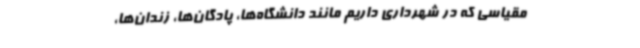
مقیاسی که در شهرداری داریم مانند دانشگاه‌ها، پادگان‌ها، زندان‌ها،